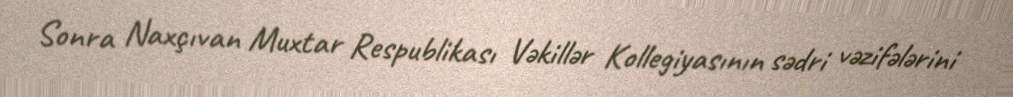
Sonra Naxçıvan Muxtar Respublikası Vəkillər Kollegiyasının sədri vəzifələrini